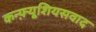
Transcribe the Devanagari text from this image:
कन्फ़्यूशियसवाद